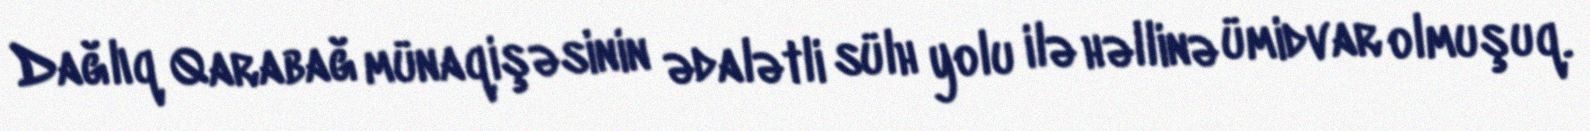
Dağlıq Qarabağ münaqişəsinin ədalətli sülh yolu ilə həllinə ümidvar olmuşuq.